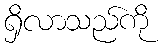
ရှိလာသည်ကို